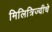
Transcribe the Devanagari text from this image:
मिलित्रिज्यीचे